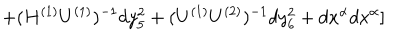
+ ( H ^ { ( 1 ) } U ^ { ( 1 ) } ) ^ { - 1 } d y _ { 5 } ^ { 2 } + ( U ^ { ( 1 ) } U ^ { ( 2 ) } ) ^ { - 1 } d y _ { 6 } ^ { 2 } + d x ^ { \alpha } d x ^ { \alpha } ]